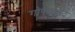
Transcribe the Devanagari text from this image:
गोपाळशेट